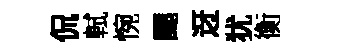
侃軾惋颸迓犹衡